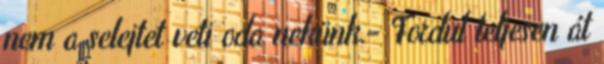
nem a selejtet veti oda nekünk.- Fordul teljesen át